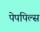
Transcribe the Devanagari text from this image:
पेपपिल्स